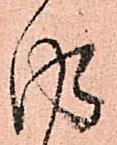
得